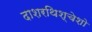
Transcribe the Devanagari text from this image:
दाशरथिश्‍चेशो